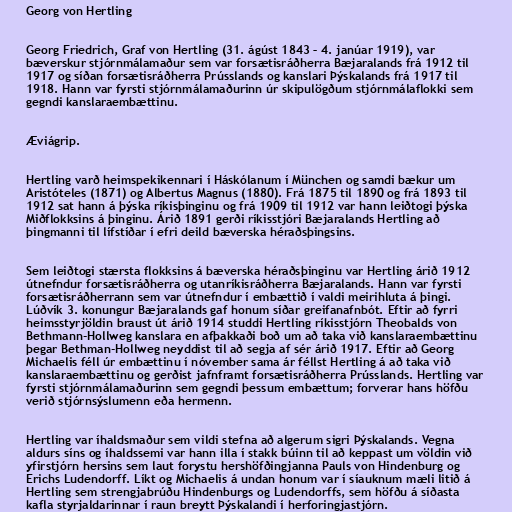
Georg von Hertling

Georg Friedrich, Graf von Hertling (31. ágúst 1843 – 4. janúar 1919), var
bæverskur stjórnmálamaður sem var forsætisráðherra Bæjaralands frá 1912 til
1917 og síðan forsætisráðherra Prússlands og kanslari Þýskalands frá 1917 til
1918. Hann var fyrsti stjórnmálamaðurinn úr skipulögðum stjórnmálaflokki sem
gegndi kanslaraembættinu.

Æviágrip.

Hertling varð heimspekikennari í Háskólanum í München og samdi bækur um
Aristóteles (1871) og Albertus Magnus (1880). Frá 1875 til 1890 og frá 1893 til
1912 sat hann á þýska ríkisþinginu og frá 1909 til 1912 var hann leiðtogi þýska
Miðflokksins á þinginu. Árið 1891 gerði ríkisstjóri Bæjaralands Hertling að
þingmanni til lífstíðar í efri deild bæverska héraðsþingsins.

Sem leiðtogi stærsta flokksins á bæverska héraðsþinginu var Hertling árið 1912
útnefndur forsætisráðherra og utanríkisráðherra Bæjaralands. Hann var fyrsti
forsætisráðherrann sem var útnefndur í embættið í valdi meirihluta á þingi.
Lúðvík 3. konungur Bæjaralands gaf honum síðar greifanafnbót. Eftir að fyrri
heimsstyrjöldin braust út árið 1914 studdi Hertling ríkisstjórn Theobalds von
Bethmann-Hollweg kanslara en afþakkaði boð um að taka við kanslaraembættinu
þegar Bethman-Hollweg neyddist til að segja af sér árið 1917. Eftir að Georg
Michaelis féll úr embættinu í nóvember sama ár féllst Hertling á að taka við
kanslaraembættinu og gerðist jafnframt forsætisráðherra Prússlands. Hertling var
fyrsti stjórnmálamaðurinn sem gegndi þessum embættum; forverar hans höfðu
verið stjórnsýslumenn eða hermenn.

Hertling var íhaldsmaður sem vildi stefna að algerum sigri Þýskalands. Vegna
aldurs síns og íhaldssemi var hann illa í stakk búinn til að keppast um völdin við
yfirstjórn hersins sem laut forystu hershöfðingjanna Pauls von Hindenburg og
Erichs Ludendorff. Líkt og Michaelis á undan honum var í síauknum mæli litið á
Hertling sem strengjabrúðu Hindenburgs og Ludendorffs, sem höfðu á síðasta
kafla styrjaldarinnar í raun breytt Þýskalandi í herforingjastjórn.